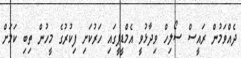
ދެއްވަމުން ރައީސް ސޯލިހް ވިދާޅުވީ އެމްޑީޕީގައި ހަރުކަށި ފިކުރުގެ މީހުން ތިބި ކަމަށް